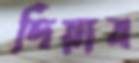
দিয়াব